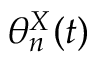
\theta _ { n } ^ { X } ( t )